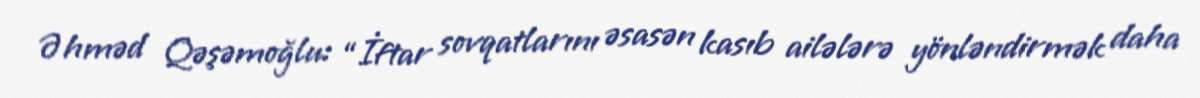
Əhməd Qəşəmoğlu: “İftar sovqatlarını əsasən kasıb ailələrə yönləndirmək daha